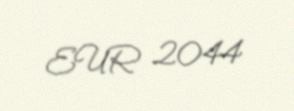
EUR 2044